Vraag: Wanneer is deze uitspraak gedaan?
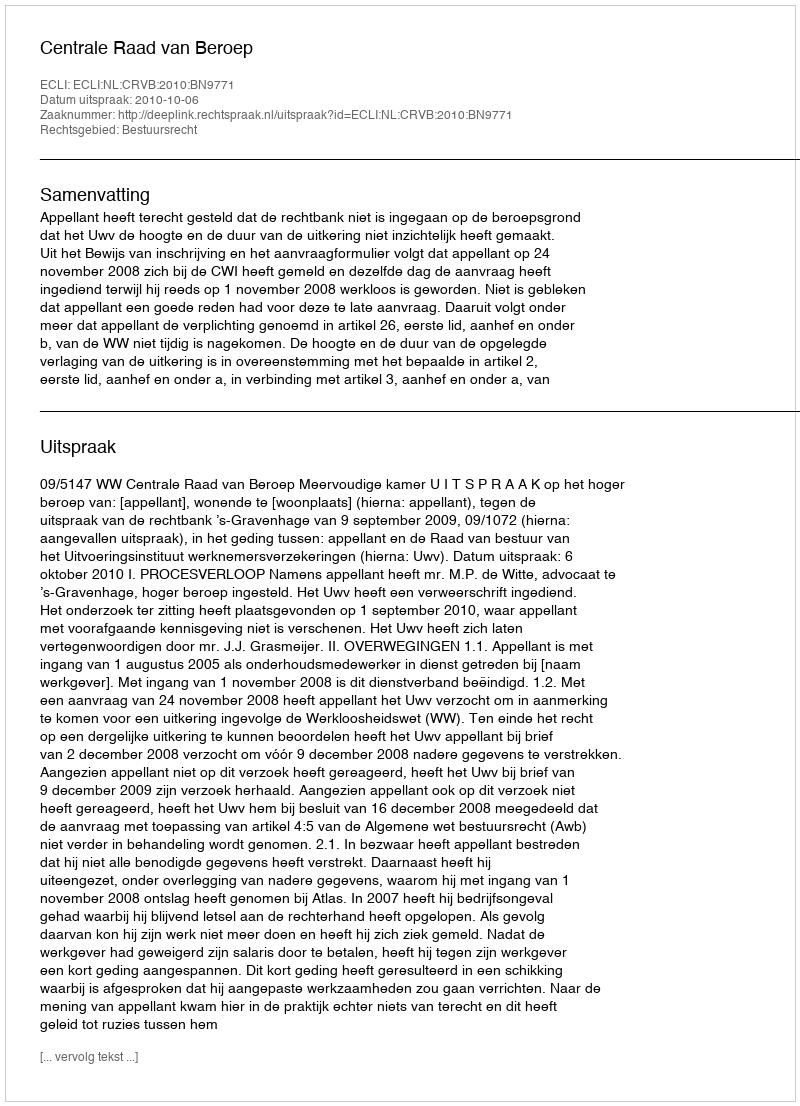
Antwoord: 2010-10-06